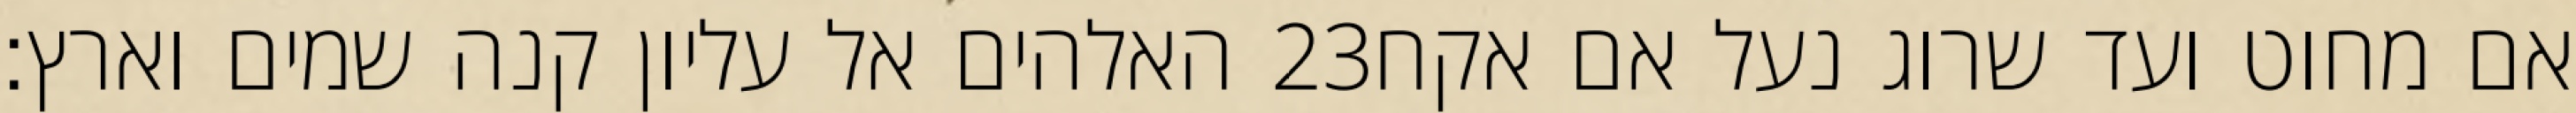
האלהים אל עליון קנה שמים וארץ׃ ‎23‏ אם מחוט ועד שרוג נעל אם אקח